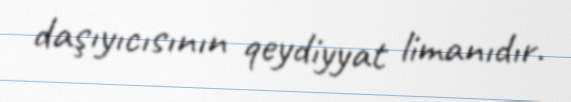
daşıyıcısının qeydiyyat limanıdır.